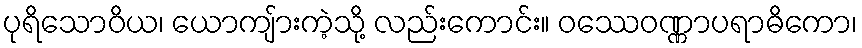
ပုရိသောဝိယ၊ ယောကျ်ားကဲ့သို့ လည်းကောင်း။ ဝဿေဝဏ္ဏာပရာဓိကော၊